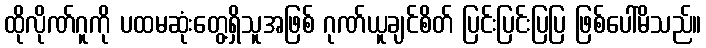
ထိုလိုဏ်ဂူကို ပထမဆုံးတွေ့ရှိသူအဖြစ် ဂုဏ်ယူချင်စိတ် ပြင်းပြင်းပြပြ ဖြစ်ပေါ်မိသည်။